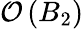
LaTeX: \mathcal{O}\left(B_{2}\right)